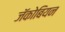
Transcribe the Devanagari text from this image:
जॅकोबियन